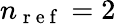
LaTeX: n_{\mathrm{~r~e~f~}}=2